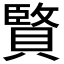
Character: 𮚚